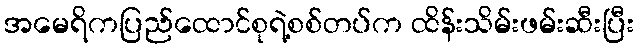
အမေရိကပြည်ထောင်စုရဲ့စစ်တပ်က ထိန်းသိမ်းဖမ်းဆီးပြီး